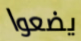
يضعوا